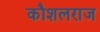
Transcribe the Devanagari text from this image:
कौशलराज